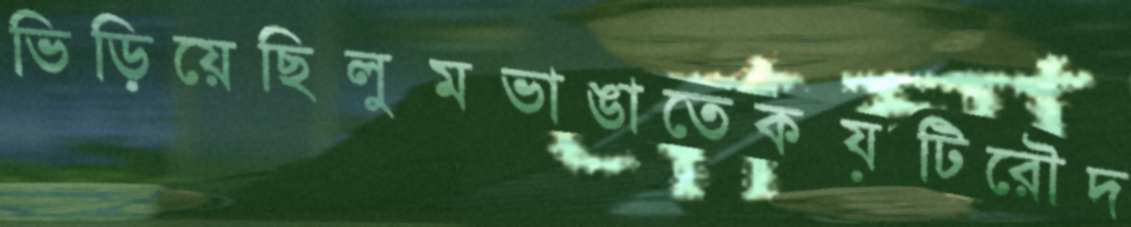
ভিড়িয়েছিলুমভাঙাতেকয়টিরৌদ